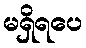
မရှိရပေ